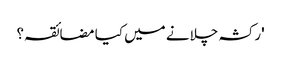
'رکشہ چلانے میں کیا مضائقہ؟